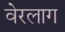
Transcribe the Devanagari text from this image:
वेरलाग